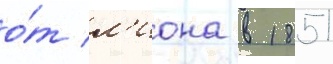
о́т л'иона в 1851